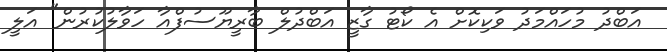
އަބްދު މުހައްމަދު ވަކިކޮށް އެ ކޯޓު ގާޒީ އަބްދުލް ބާރީޔޫސުފްއާ ހަވާލުކުރުން" އަލީ